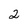
Character: 2